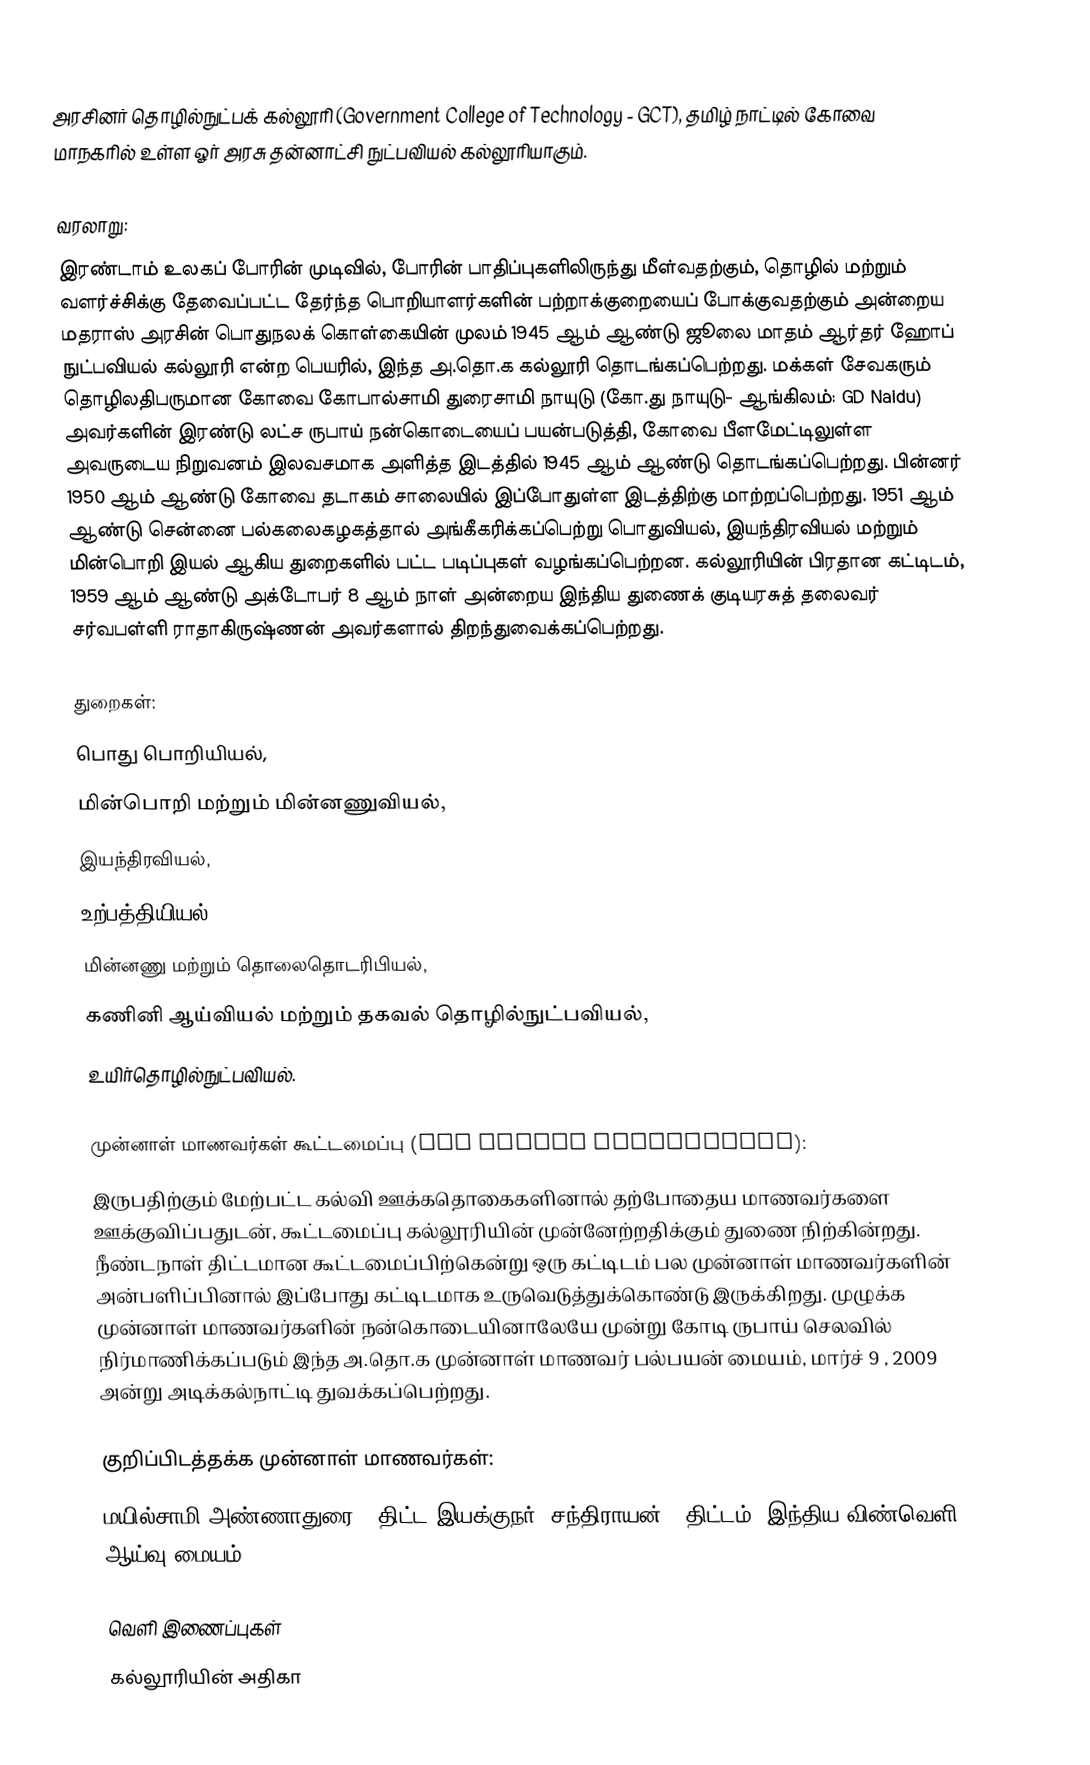
அரசினர் தொழில்நுட்பக் கல்லூரி (Government College of Technology - GCT), தமிழ் நாட்டில் கோவை மாநகரில் உள்ள ஓர் அரசு தன்னாட்சி நுட்பவியல் கல்லூரியாகும்.

வரலாறு:
இரண்டாம் உலகப் போரின் முடிவில், போரின் பாதிப்புகளிலிருந்து மீள்வதற்கும், தொழில் மற்றும் வளர்ச்சிக்கு தேவைப்பட்ட தேர்ந்த பொறியாளர்களின் பற்றாக்குறையைப் போக்குவதற்கும் அன்றைய மதராஸ் அரசின் பொதுநலக் கொள்கையின் முலம் 1945 ஆம் ஆண்டு ஜூலை மாதம் ஆர்தர் ஹோப் நுட்பவியல் கல்லூரி என்ற பெயரில், இந்த அ.தொ.க கல்லூரி தொடங்கப்பெற்றது. மக்கள் சேவகரும் தொழிலதிபருமான கோவை கோபால்சாமி துரைசாமி நாயுடு (கோ.து நாயுடு- ஆங்கிலம்: GD Naidu) அவர்களின் இரண்டு லட்ச ருபாய் நன்கொடையைப் பயன்படுத்தி, கோவை பீளமேட்டிலுள்ள அவருடைய நிறுவனம் இலவசமாக அளித்த இடத்தில் 1945 ஆம் ஆண்டு தொடங்கப்பெற்றது. பின்னர் 1950 ஆம் ஆண்டு கோவை தடாகம் சாலையில்  இப்போதுள்ள இடத்திற்கு மாற்றப்பெற்றது. 1951 ஆம் ஆண்டு சென்னை பல்கலைகழகத்தால் அங்கீகரிக்கப்பெற்று பொதுவியல், இயந்திரவியல் மற்றும் மின்பொறி இயல் ஆகிய துறைகளில் பட்ட படிப்புகள் வழங்கப்பெற்றன. கல்லூரியின் பிரதான கட்டிடம்,  1959 ஆம் ஆண்டு அக்டோபர் 8 ஆம் நாள் அன்றைய இந்திய துணைக் குடியரசுத் தலைவர் சர்வபள்ளி ராதாகிருஷ்ணன் அவர்களால் திறந்துவைக்கப்பெற்றது.

துறைகள்:
பொது பொறியியல்,
மின்பொறி மற்றும் மின்னணுவியல்,
இயந்திரவியல்,
உற்பத்தியியல்,
மின்னணு மற்றும் தொலைதொடரிபியல்,
கணினி ஆய்வியல் மற்றும் தகவல் தொழில்நுட்பவியல்,
உயிர்தொழில்நுட்பவியல்.

முன்னாள் மாணவர்கள் கூட்டமைப்பு (GCT Alumni Association):
இருபதிற்கும் மேற்பட்ட கல்வி ஊக்கதொகைகளினால் தற்போதைய மாணவர்களை ஊக்குவிப்பதுடன், கூட்டமைப்பு கல்லூரியின் முன்னேற்றதிக்கும் துணை நிற்கின்றது. நீண்டநாள் திட்டமான கூட்டமைப்பிற்கென்று ஒரு கட்டிடம் பல முன்னாள் மாணவர்களின் அன்பளிப்பினால் இப்போது கட்டிடமாக உருவெடுத்துக்கொண்டு இருக்கிறது. முழுக்க முன்னாள் மாணவர்களின் நன்கொடையினாலேயே முன்று கோடி ருபாய் செலவில் நிர்மாணிக்கப்படும் இந்த அ.தொ.க முன்னாள் மாணவர் பல்பயன் மையம், மார்ச் 9 , 2009 அன்று அடிக்கல்நாட்டி துவக்கப்பெற்றது.

குறிப்பிடத்தக்க முன்னாள் மாணவர்கள்:
மயில்சாமி அண்ணாதுரை - திட்ட இயக்குநர், சந்திராயன்-1 திட்டம், இந்திய விண்வெளி ஆய்வு மையம்.

வெளி இணைப்புகள்
 கல்லூரியின் அதிகா